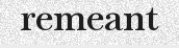
remeant